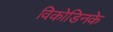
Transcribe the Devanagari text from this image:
विकोडिनके